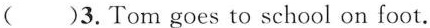
( )3.Tom goes to school on foot.